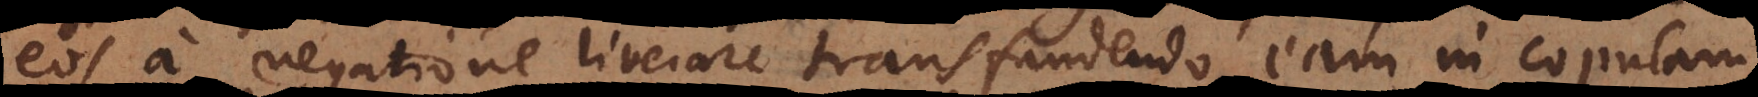
eos a negatione liberare transfundendo eam in copulam,